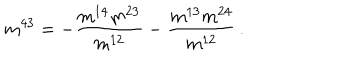
m ^ { 4 3 } = - \frac { m ^ { 1 4 } m ^ { 2 3 } } { m ^ { 1 2 } } - \frac { m ^ { 1 3 } m ^ { 2 4 } } { m ^ { 1 2 } } \, .